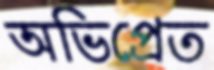
অভিপ্রেত